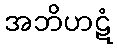
အဘိဟဋံ